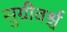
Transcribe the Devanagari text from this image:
सुग्रीवर्श्च